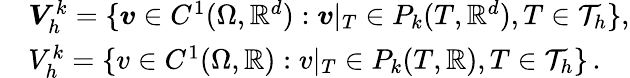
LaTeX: \begin{array}{rl}&{\boldsymbol{V}_{h}^{k}=\{ \boldsymbol{v}\in C^{1}(\Omega,\mathbb{R}^{d}):\boldsymbol{v}|_{T}\in P_{k}(T,\mathbb{R}^{d}),T\in\mathcal{T}_{h}\} ,}\\ &{V_{h}^{k}=\{ v\in C^{1}(\Omega,\mathbb{R}):v|_{T}\in P_{k}(T,\mathbb{R}),T\in\mathcal{T}_{h}\} \, .}\end{array}